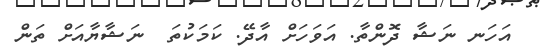
އަހަނ ނަޝާ ދޮންތާ. އަވަހަށް އާދޭ. ކަމަކުތަ  ނަޝާޔާއަށް ތަން